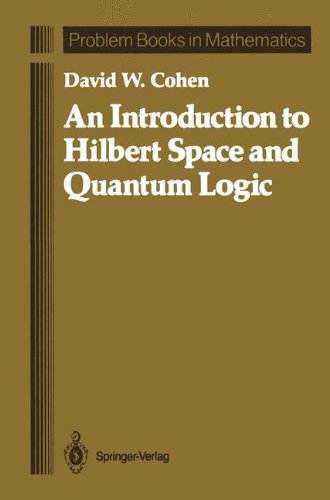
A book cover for An Introduction to Hilbert Space and Quantum Logic (Problem Books in Mathematics); David W. Cohen; Science & Math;